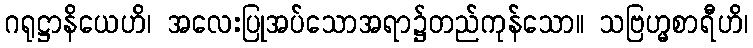
ဂရုဋ္ဌာနိယေဟိ၊ အလေးပြုအပ်သောအရာ၌တည်ကုန်သော။ သဗြဟ္မစာရီဟိ၊